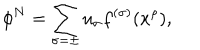
LaTeX: \phi ^ { N } = \sum _ { \sigma = \pm } u _ { \sigma } f ^ { ( \sigma ) } ( x ^ { \rho } ) ,